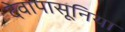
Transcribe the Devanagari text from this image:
देवापासूनिया